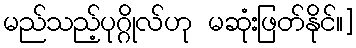
မည်သည့်ပုဂ္ဂိုလ်ဟု မဆုံးဖြတ်နိုင်။]